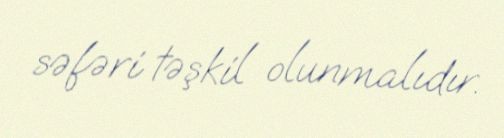
səfəri təşkil olunmalıdır.